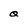
Character: q